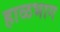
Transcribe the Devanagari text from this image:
हाळभाग